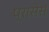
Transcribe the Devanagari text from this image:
प्रासेस